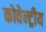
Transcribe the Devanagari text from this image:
कोवेन्ट्रीय